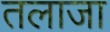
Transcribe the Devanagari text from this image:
तलाजा